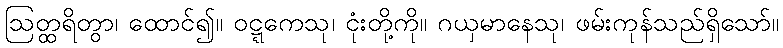
ဩတ္ထရိတွာ၊ ထောင်၍။ ဝဋ္ဋကေသု၊ ငုံးတို့ကို။ ဂယှမာနေသု၊ ဖမ်းကုန်သည်ရှိသော်။